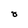
Character: 8